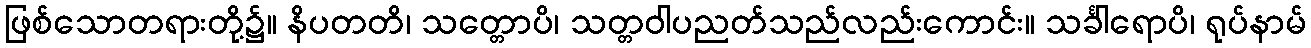
ဖြစ်သောတရားတို့၌။ နိပတတိ၊ သတ္တောပိ၊ သတ္တဝါပညတ်သည်လည်းကောင်း။ သင်္ခါရောပိ၊ ရုပ်နာမ်